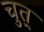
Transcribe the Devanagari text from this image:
चुत्